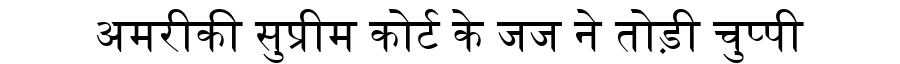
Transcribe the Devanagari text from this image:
अमरीकी सुप्रीम कोर्ट के जज ने तोड़ी चुप्पी